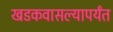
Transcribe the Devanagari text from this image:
खडकवासल्यापर्यंत